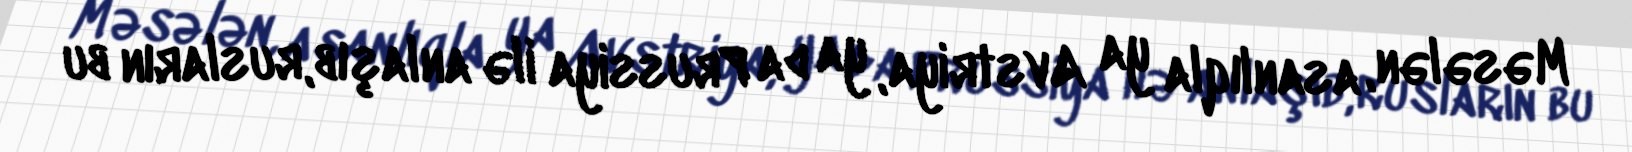
Məsələn, asanlıqla ya Avstriya, ya da Prussiya ilə anlaşıb, rusların bu